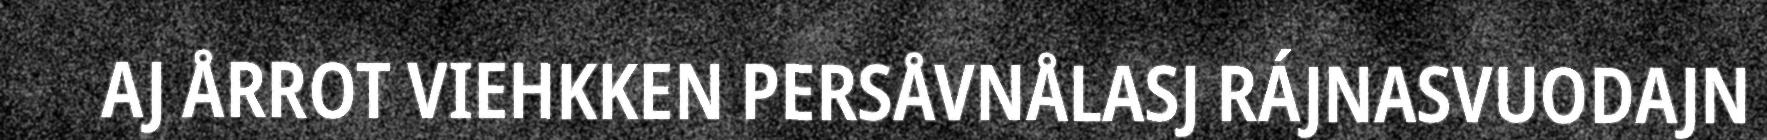
AJ ÅRROT VIEHKKEN PERSÅVNÅLASJ RÁJNASVUODAJN